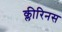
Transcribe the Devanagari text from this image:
क्लीरिनस